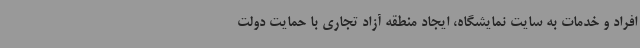
افراد و خدمات به سایت نمایشگاه، ایجاد منطقه آزاد تجاری با حمایت دولت